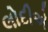
લોદીએ